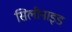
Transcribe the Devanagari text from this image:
सिलीनाइड